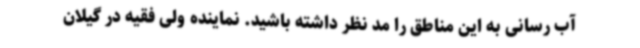
آب رسانی به این مناطق را مد نظر داشته باشید. نماینده ولی فقیه در گیلان